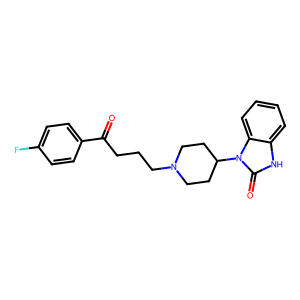
SMILES: O=C(CCCN1CCC(n2c(=O)[nH]c3ccccc32)CC1)c1ccc(F)cc1
Inhibits HIV replication: No